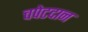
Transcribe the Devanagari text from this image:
चपेटदान